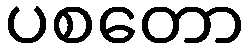
ပစတော